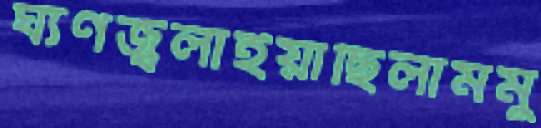
ঘ্যণজ্বলাইয়াছিলামমু